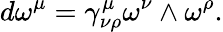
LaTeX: d\omega^{\mu}=\gamma_{\nu\rho}^{\mu}\omega^{\nu}\wedge\omega^{\rho}.